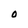
Character: O